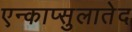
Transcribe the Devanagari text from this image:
एन्काप्सुलातेद